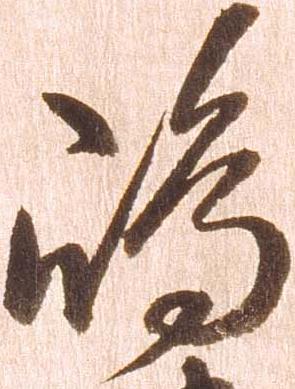
嶋